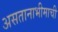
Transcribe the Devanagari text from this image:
असतानाभीमाची